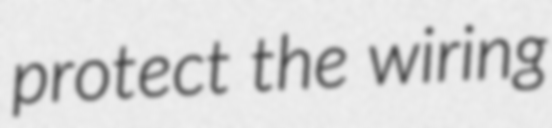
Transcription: protect the wiring